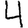
Digit: 4